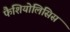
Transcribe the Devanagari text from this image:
फैशियोलिसिस